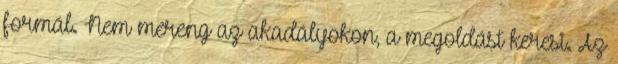
formál. Nem mereng az akadályokon, a megoldást keresi. Az